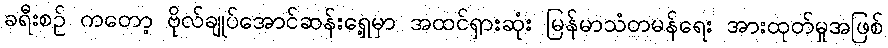
ခရီးစဉ် ကတော့ ဗိုလ်ချုပ်အောင်ဆန်းရှေ့မှာ အထင်ရှားဆုံး မြန်မာသံတမန်ရေး အားထုတ်မှုအဖြစ်